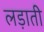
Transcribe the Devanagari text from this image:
लड़ाती